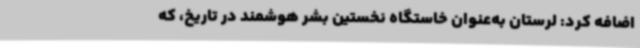
اضافه کرد: لرستان به‌عنوان خاستگاه نخستین بشر هوشمند در تاریخ، که